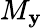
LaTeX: M_{\mathbf{y}}